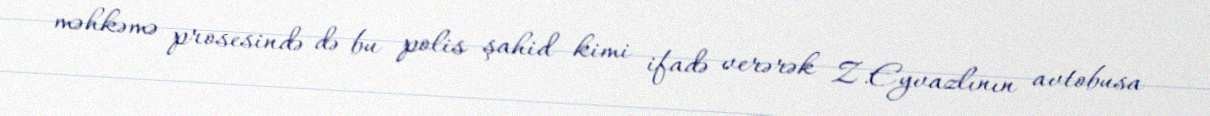
məhkəmə prosesində də bu polis şahid kimi ifadə verərək Z.Eyvazlının avtobusa